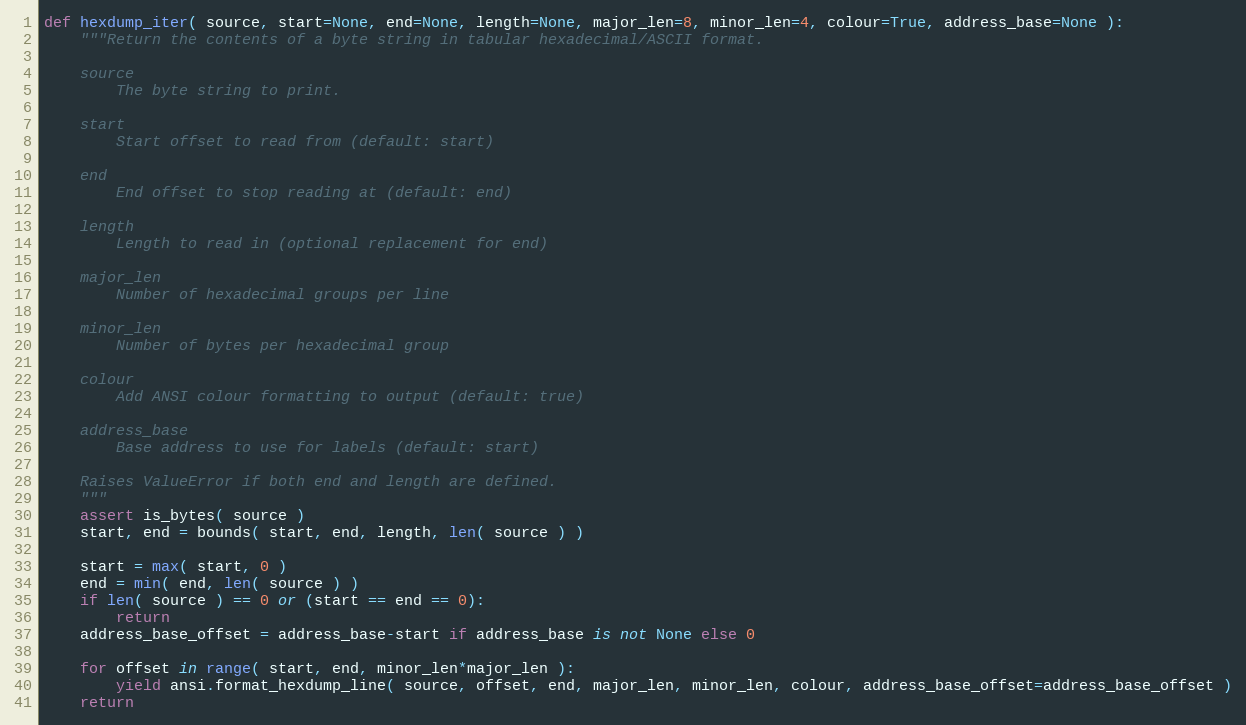
Language: Python
def hexdump_iter( source, start=None, end=None, length=None, major_len=8, minor_len=4, colour=True, address_base=None ):
    """Return the contents of a byte string in tabular hexadecimal/ASCII format.

    source
        The byte string to print.

    start
        Start offset to read from (default: start)

    end
        End offset to stop reading at (default: end)

    length
        Length to read in (optional replacement for end)

    major_len
        Number of hexadecimal groups per line

    minor_len
        Number of bytes per hexadecimal group

    colour
        Add ANSI colour formatting to output (default: true)

    address_base
        Base address to use for labels (default: start)

    Raises ValueError if both end and length are defined.
    """
    assert is_bytes( source )
    start, end = bounds( start, end, length, len( source ) )

    start = max( start, 0 )
    end = min( end, len( source ) )
    if len( source ) == 0 or (start == end == 0):
        return
    address_base_offset = address_base-start if address_base is not None else 0

    for offset in range( start, end, minor_len*major_len ):
        yield ansi.format_hexdump_line( source, offset, end, major_len, minor_len, colour, address_base_offset=address_base_offset )
    return